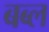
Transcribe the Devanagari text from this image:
बब्ल